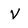
Character: V